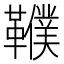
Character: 𩍩